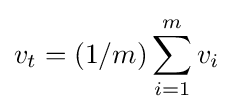
v_{t}=(1/m)\sum _{i=1}^{m}v_{i}